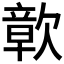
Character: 𮲾